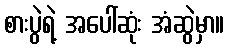
စားပွဲရဲ့ အပေါ်ဆုံး အံဆွဲမှာ။